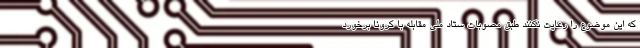
که این موضوع را رعایت نکنند طبق مصوبات ستاد ملی مقابله با کرونا برخورد